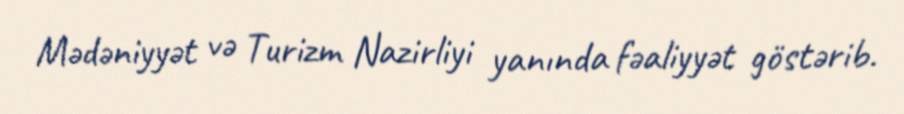
Mədəniyyət və Turizm Nazirliyi yanında fəaliyyət göstərib.